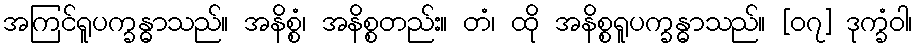
အကြင်ရူပက္ခန္ဓာသည်။ အနိစ္စံ၊ အနိစ္စတည်း။ တံ၊ ထို အနိစ္စရူပက္ခန္ဓာသည်။ [၀၇] ဒုက္ခံဝါ၊